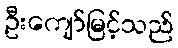
ဦးကျော်မြင့်သည်